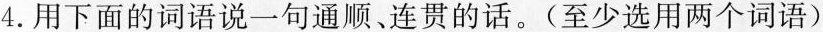
4.用下面的词语说一句通顺、连贯的话。(至少选用两个词语)